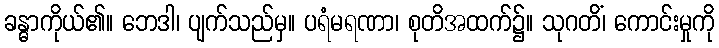
ခန္ဓာကိုယ်၏။ ဘေဒါ၊ ပျက်သည်မှ။ ပရံမရဏာ၊ စုတိအထက်၌။ သုဂတိံ၊ ကောင်းမှုကို